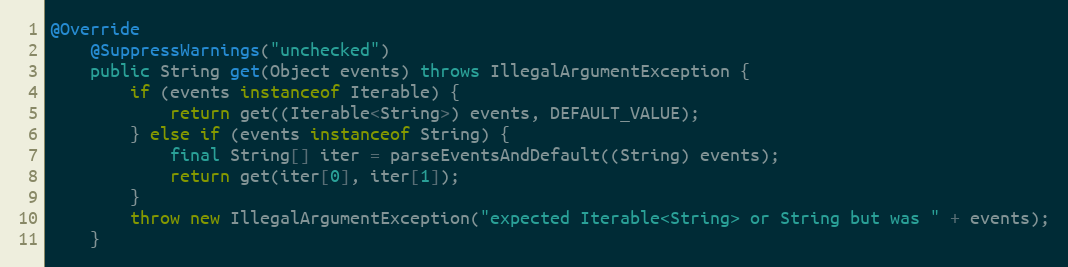
Language: Java
@Override
    @SuppressWarnings("unchecked")
    public String get(Object events) throws IllegalArgumentException {
        if (events instanceof Iterable) {
            return get((Iterable<String>) events, DEFAULT_VALUE);
        } else if (events instanceof String) {
            final String[] iter = parseEventsAndDefault((String) events);
            return get(iter[0], iter[1]);
        }
        throw new IllegalArgumentException("expected Iterable<String> or String but was " + events);
    }